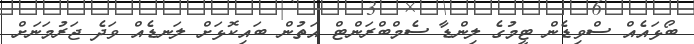
ބޯޅައެއް ސްވިޑެން ޓީމުގެ ލިންޑާ ސެމްބްރަންޓް އަތުން ބައިކޮޅަށް ލަނޑެއް ވަދެ ޖަރުމަނަށް